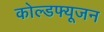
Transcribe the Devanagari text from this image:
कोल्डफ्यूजन